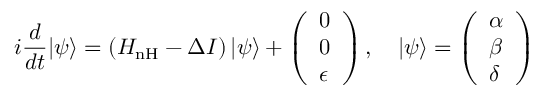
i \frac { d } { d t } | \psi \rangle = \left( H _ { \mathrm { { n H } } } - \Delta I \right) | \psi \rangle + \left( \begin{array} { l } { 0 } \\ { 0 } \\ { \epsilon } \end{array} \right) , \quad | \psi \rangle = \left( \begin{array} { l } { \alpha } \\ { \beta } \\ { \delta } \end{array} \right)